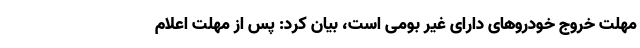
مهلت خروج خودروهای دارای غیر بومی است، بیان کرد: پس از مهلت اعلام